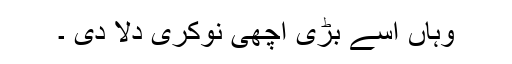
وہاں اسے بڑی اچھی نوکری دلا دی ۔